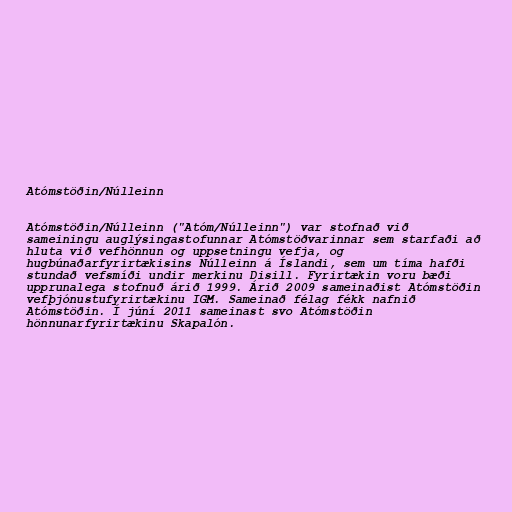
Atómstöðin/Núlleinn

Atómstöðin/Núlleinn ("Atóm/Núlleinn") var stofnað við
sameiningu auglýsingastofunnar Atómstöðvarinnar sem starfaði að
hluta við vefhönnun og uppsetningu vefja, og
hugbúnaðarfyrirtækisins Núlleinn á Íslandi, sem um tíma hafði
stundað vefsmíði undir merkinu Disill. Fyrirtækin voru bæði
upprunalega stofnuð árið 1999. Árið 2009 sameinaðist Atómstöðin
vefþjónustufyrirtækinu IGM. Sameinað félag fékk nafnið
Atómstöðin. Í júní 2011 sameinast svo Atómstöðin
hönnunarfyrirtækinu Skapalón.